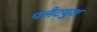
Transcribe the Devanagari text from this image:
फ्लैटबुश